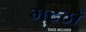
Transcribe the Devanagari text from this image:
भटठों